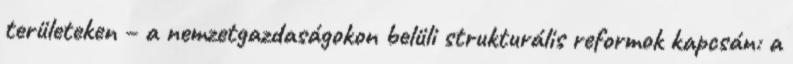
területeken – a nemzetgazdaságokon belüli strukturális reformok kapcsán: a